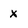
Character: X